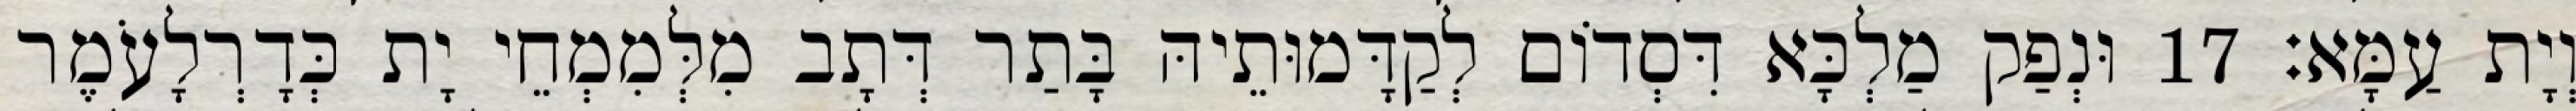
וְיָת עַמָּא׃ 17 וּנְפַק מַלְכָּא דִּסְדוֹם לְקַדָּמוּתֵיהּ בָּתַר דְּתָב מִלְּמִמְחֵי יָת כְּדָרְלָעֹמֶר